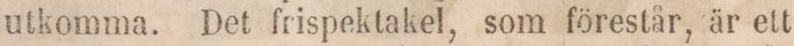
utkomma. Det frispektakel, som förestår, är ett